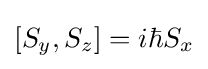
[S_{y},S_{z}]=i\hbar S_{x}